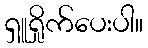
ရှူရှိုက်ပေးပါ။